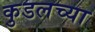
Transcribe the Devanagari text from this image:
कुडलच्या